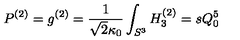
P ^ { ( 2 ) } = g ^ { ( 2 ) } = \frac { 1 } { \sqrt { 2 } \kappa _ { 0 } } \int _ { S ^ { 3 } } H _ { 3 } ^ { ( 2 ) } = s Q _ { 0 } ^ { 5 }